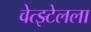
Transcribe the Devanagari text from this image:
वेत्झ्टेलला